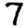
Digit: 7